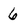
Character: 6